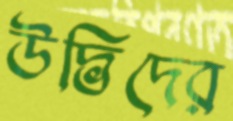
উদ্ভিদের